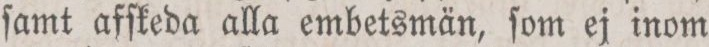
ſamt afſkeda alla embetsmän, ſom ej inom